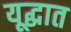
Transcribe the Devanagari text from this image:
यूद्धात